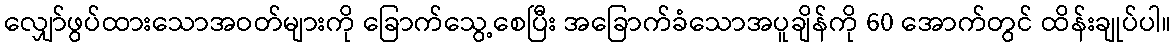
လျှော်ဖွပ်ထားသောအဝတ်များကို ခြောက်သွေ့စေပြီး အခြောက်ခံသောအပူချိန်ကို 60 အောက်တွင် ထိန်းချုပ်ပါ။